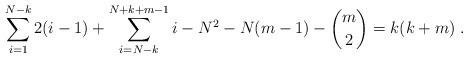
LaTeX: \begin{align*}\sum_{i=1}^{N-k} 2(i-1) + \sum_{i=N-k}^{N+k+m-1} i - N^2 - N(m-1) - {m \choose 2} = k(k+m) \;.\end{align*}